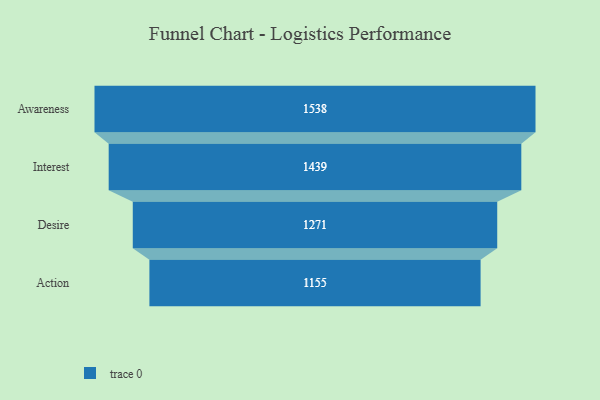
{"axis": {"x": "Stage", "y": "Value"}, "legend": [""], "data": [{"x": "Awareness", "y": 1538.0, "type": ""}, {"x": "Interest", "y": 1439.0, "type": ""}, {"x": "Desire", "y": 1271.0, "type": ""}, {"x": "Action", "y": 1155.0, "type": ""}]}